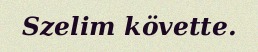
Szelim követte.